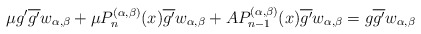
\begin{align*} \mu g' \overline{g'} w_{\alpha,\beta} + \mu P_n^{(\alpha,\beta)}(x) \overline{g'} w_{\alpha,\beta} + A P_{n-1}^{(\alpha,\beta)}(x)\overline{g'} w_{\alpha,\beta} = g\overline{g'}w_{\alpha,\beta} \end{align*}